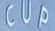
CUP